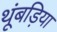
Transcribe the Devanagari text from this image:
थूंबड़िया